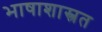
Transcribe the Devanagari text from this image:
भाषाशास्त्रत